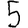
Digit: 5